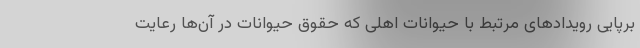
برپایی رویدادهای مرتبط با حیوانات اهلی که حقوق حیوانات در آن‌ها رعایت